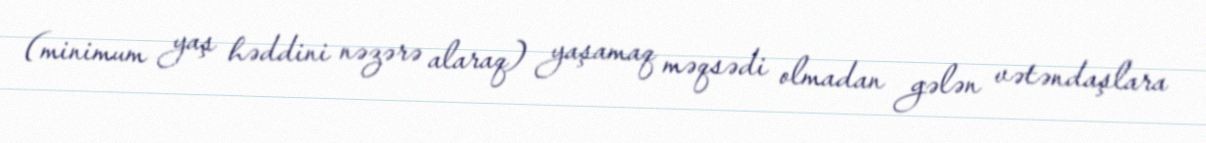
(minimum yaş həddini nəzərə alaraq) yaşamaq məqsədi olmadan gələn vətəndaşlara